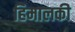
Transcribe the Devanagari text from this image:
हिमालकी